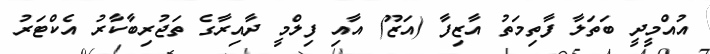
އުއްމީދީ ބަތަލާ ފާތިމަތު އާޒިފާ (އަޒޫ) އާއި ފިލްމީ ދާއިރާގެ ތަޖުރިބާކާރު އެކްޓަރު